Vaccination in Bombay 1924-1928 - 1924-1928
Year: 1924
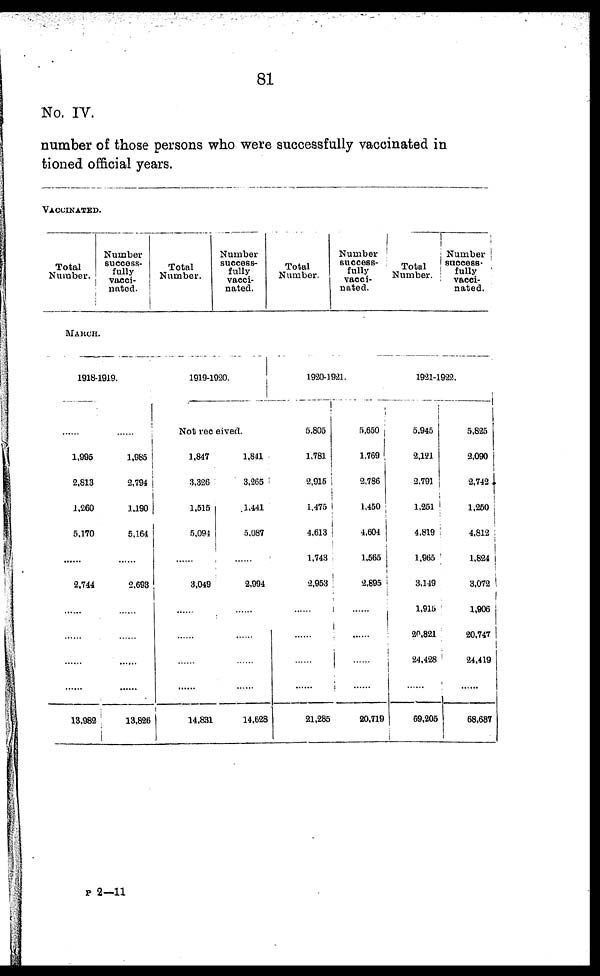
81
No. IV.
number of those persons who were successfully vaccinated in
tioned official years.
VACCINATED.
Total
Number.
Number
success-
fully
vacci-
nated.
Total
Number.
Number
success-
fully
vacci-
nated.
Total
Number.
Number
success-
fully
vacci-
nated.
Total
Number.
Number !
success-
fully
vacci-
nated.
MARCH.
1918-1919.
......
1,995
2,813
1,260
5,170
......
2,744
......
......
......
......
13,982
......
1,985
2,794
1,190
5,164
......
2,693
......
......
......
......
13,826
1919-1920.
Not received.
1,847
3,326
1,515
5,091
......
3,049
......
......
......
......
14,831
1,841
3,265
1,441
5,087
......
2,994
......
......
......
......
14,628
1920-1921.
5,805
1,781
2,915
1,475
4,613
1,743
2,953
......
......
......
......
21,285
5,650
1,769
2,786
1,450
4,604
1,565
2,895
......
......
......
......
20,719
1921-1922.
5,945
2,121
2,791
1,251
4,819
1,965
3,149
1,915
20,821
24,428
......
69,205
5,825
2,090
2,742
1,250
4,812
1,824
3,072
1,906
20,747
24,419
......
68,687
P 2—11